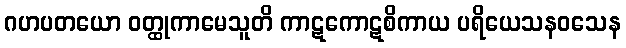
ဂဟပတယော ဝတ္ထုကာမေသူတိ ကာဋကောဋစိကာယ ပရိယေသနဝသေန